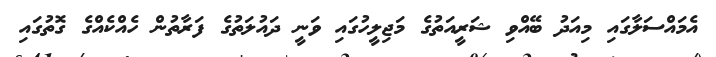
އެމައްސަލާގައި މިއަދު ބޭއްވި ޝަރީއަތުގެ މަޖިލީހުގައި ވަނީ ދައުލަތުގެ ފަރާތުން ހެއްކެއްގެ ގޮތުގައި